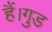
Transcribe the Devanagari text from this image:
हैं।गुड